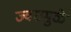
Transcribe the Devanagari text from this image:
ज्वरामुळे